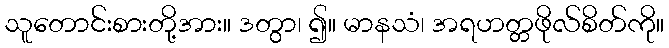
သူတောင်းစားတို့အား။ ဒတွာ၊ ၍။ မာနသံ၊ အရဟတ္တဖိုလ်စိတ်ကို။